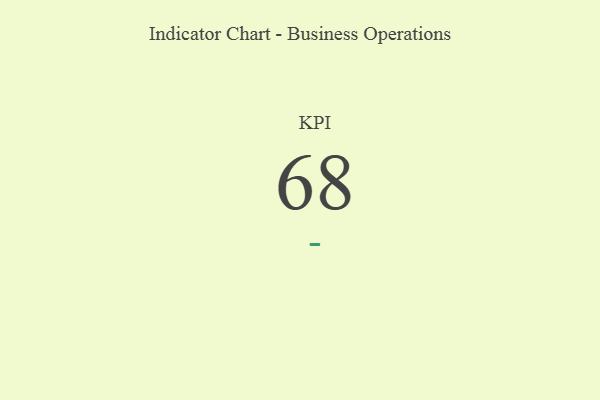
{"axis": {"x": "KPI", "y": "Value"}, "legend": [""], "data": [{"x": "KPI", "y": 68, "type": ""}]}